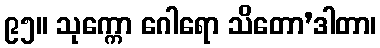
၉၅။ သုက္ကော ဂေါရော သိတော’ဒါတာ၊